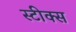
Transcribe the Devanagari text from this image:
स्टीक्स